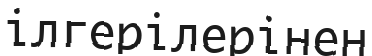
ілгерілерінен